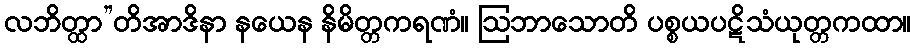
လဘိတ္ထာ”တိအာဒိနာ နယေန နိမိတ္တကရဏံ။ ဩဘာသောတိ ပစ္စယပဋိသံယုတ္တကထာ။